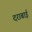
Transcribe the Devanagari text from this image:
दराबाई